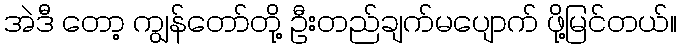
အဲဒီ တော့ ကျွန်တော်တို့ ဦးတည်ချက်မပျောက် ဖို့မြင်တယ်။